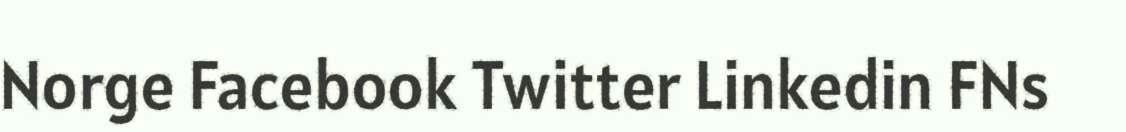
Norge Facebook Twitter Linkedin FNs